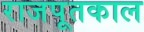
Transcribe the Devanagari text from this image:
राजपूतकाल